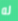
له